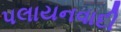
પલાયનવાદી